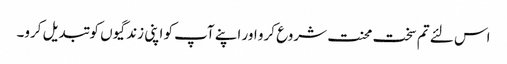
اس لئے تم سخت محنت شروع کرو اور اپنے آپ کو اپنی زندگیوں کو تبدیل کرو۔